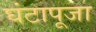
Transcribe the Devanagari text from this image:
घंटापूजा